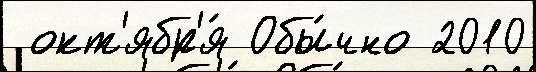
 окт'ябр'я́ Обы́чно 2010